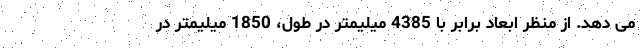
می دهد. از منظر ابعاد برابر با 4385 میلیمتر در طول، 1850 میلیمتر در